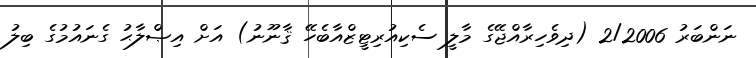
ނަންބަރު 2/2006 (ދިވެހިރާއްޖޭގެ މާލީ ސެކިއުރިޓީޒްއާބެހޭ ޤާނޫނު) އަށް އިޞްލާޙު ގެނައުމުގެ ބިލު